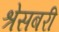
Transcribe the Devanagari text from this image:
श्रेसबरी